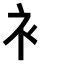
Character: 衤